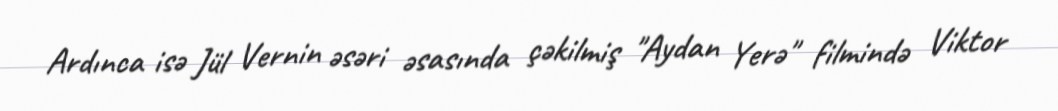
Ardınca isə Jül Vernin əsəri əsasında çəkilmiş "Aydan Yerə" filmində Viktor